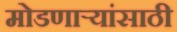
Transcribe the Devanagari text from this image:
मोडणाऱ्यांसाठी